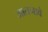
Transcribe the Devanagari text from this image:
जातनावे